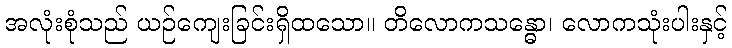
အလုံးစုံသည် ယဉ်ကျေးခြင်းရှိထသော။ တိလောကသန္ဓော၊ လောကသုံးပါးနှင့်